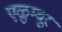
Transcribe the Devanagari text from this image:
एळुम्बूर